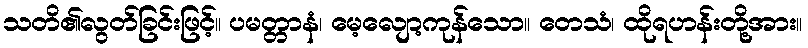
သတိ၏လွတ်ခြင်းဖြင့်။ ပမတ္တာနံ၊ မေ့လျော့ကုန်သော။ တေသံ၊ ထိုရဟန်းတို့အား။